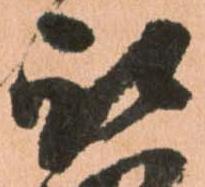
被